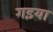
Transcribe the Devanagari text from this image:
गइया